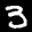
Label: 3